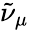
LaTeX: {\tilde{\nu}}_{\mu}